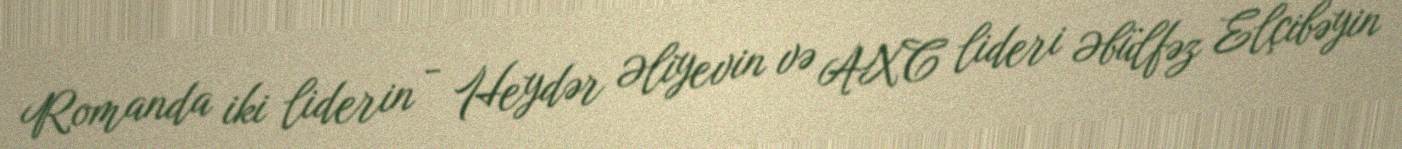
Romanda iki liderin - Heydər Əliyevin və AXC lideri Əbülfəz Elçibəyin